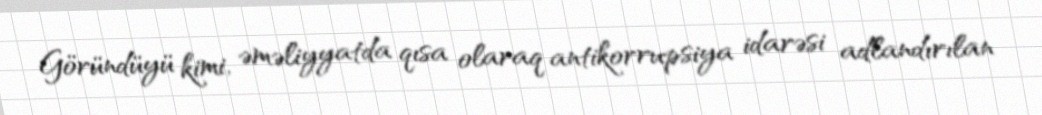
Göründüyü kimi, əməliyyatda qısa olaraq antikorrupsiya idarəsi adlandırılan